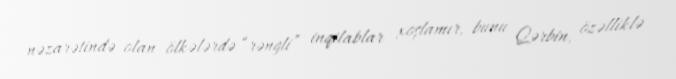
nəzarətində olan ölkələrdə “rəngli” inqilablar xoşlamır, bunu Qərbin, özəlliklə